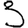
Digit: 3